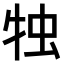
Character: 𤙕